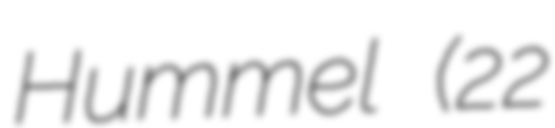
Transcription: Hummel (22